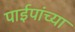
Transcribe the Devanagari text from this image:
पाईपांच्या